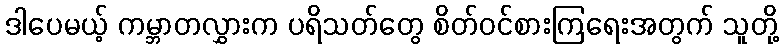
ဒါပေမယ့် ကမ္ဘာတလွှားက ပရိသတ်တွေ စိတ်ဝင်စားကြရေးအတွက် သူတို့